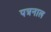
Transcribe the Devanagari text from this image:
पत्रनाल